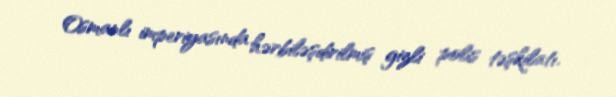
Osmanlı imperiyasında hərbiləşdirilmiş gizli polis təşkilatı.